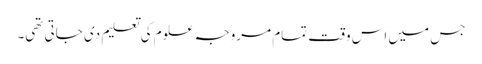
جس میں اس وقت تمام مروجہ علوم کی تعلیم دی جاتی تھی۔